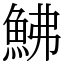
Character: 鮄